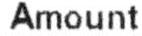
AMOUNT